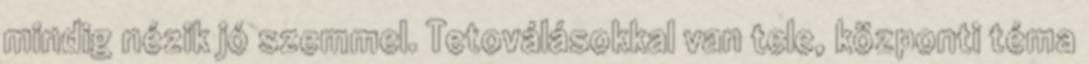
mindig nézik jó szemmel. Tetoválásokkal van tele, központi téma